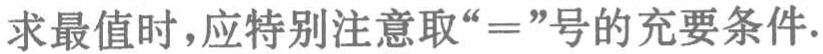
求最值时，应特别注意取“\(=\)”号的充要条件.